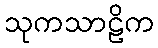
သုကသာဠိက